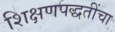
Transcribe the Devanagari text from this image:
शिक्षणपद्धतींचा